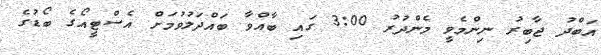
އަބްދު ޖާބިރު ނިންމެވީ މެންދުރު 3:00 ގައި ބާއްވާ ބައްދަލުވުމަށް އެސްޓީއޯގެ ބޯޑުގެ